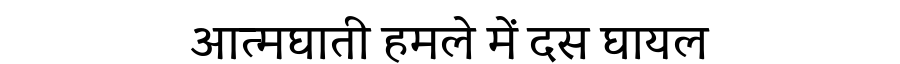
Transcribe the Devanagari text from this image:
आत्मघाती हमले में दस घायल